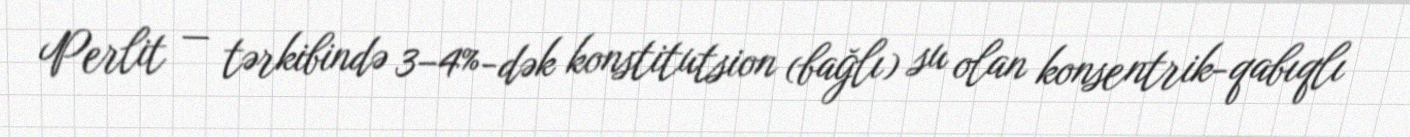
Perlit — tərkibində 3–4%-dək konstitutsion (bağlı) su olan konsentrik-qabıqlı